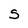
Character: S